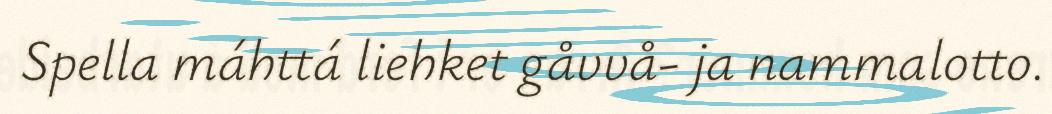
Spella máhttá liehket gåvvå- ja nammalotto.